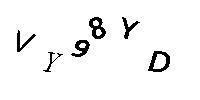
VY98YD